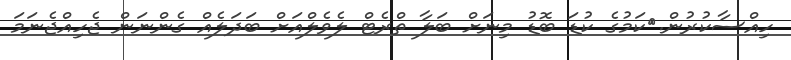
ހިއްސާކުރުން.	ކަމުގެ ކުޑަ ބޮޑު މިނަށް ބަލާ ތްރެޓް ލެވެލްއަށް ބަދަލެއް ގެންނަން ޖެހިއްޖެނަމަ